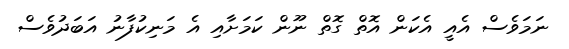
ނަމަވެސް އެއީ އެކަން އޮތް ގޮތް ނޫން ކަމަށާއި އެ މަނިކުފާނު އަބަދުވެސް